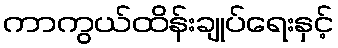
ကာကွယ်ထိန်းချုပ်ရေးနှင့်